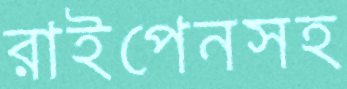
রাইপেনসহ